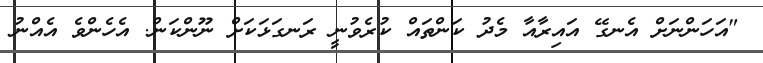
"އަހަންނަށް އެނގޭ އައިރާއާ މެދު ކަންތައް ކުރެވުނީ ރަނގަޅަކަށް ނޫންކަން. އެހެންވެ އެއްނު